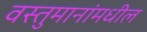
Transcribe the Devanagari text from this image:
वस्तुमानांमधील